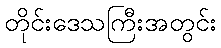
တိုင်းဒေသကြီးအတွင်း